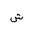
Letter: _shin